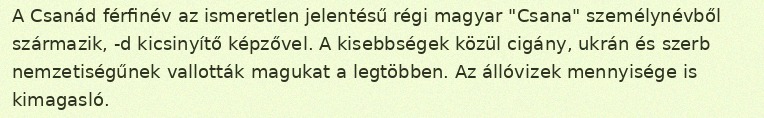
A Csanád férfinév az ismeretlen jelentésű régi magyar "Csana" személynévből származik, -d kicsinyítő képzővel. A kisebbségek közül cigány, ukrán és szerb nemzetiségűnek vallották magukat a legtöbben. Az állóvizek mennyisége is kimagasló.